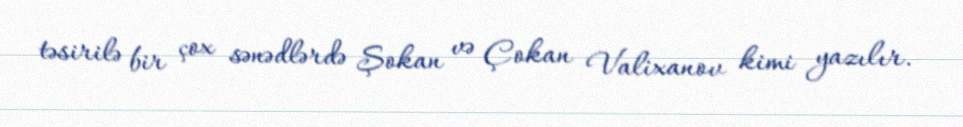
təsirilə bir çox sənədlərdə Şokan və Çokan Valixanov kimi yazılır.